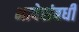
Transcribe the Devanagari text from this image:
भाषेसंबधीं